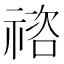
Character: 𥚭